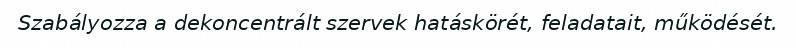
Szabályozza a dekoncentrált szervek hatáskörét, feladatait, működését.